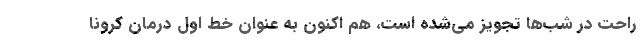
راحت در شب‌ها تجویز می‌شده است، هم اکنون به عنوان خط اول درمان کرونا